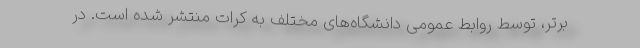
برتر، توسط روابط عمومی دانشگاه‌های مختلف به کرات منتشر شده است. در